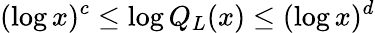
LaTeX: (\log x)^{c}\leq\log Q_{L}(x)\leq(\log x)^{d}